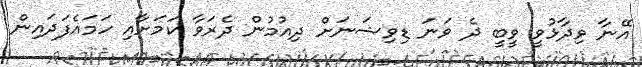
އޭނާ ވިދާޅުވީ ވީބީ ދެ ވަނަ ޑިވިޝަނަށް ދިއުމުން ދެރަވާ ކަމަށާއި ހަމައެފަދައިން